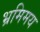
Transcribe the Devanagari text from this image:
भ्रमिमय